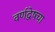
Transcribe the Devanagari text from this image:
वर्णद्वेषचा